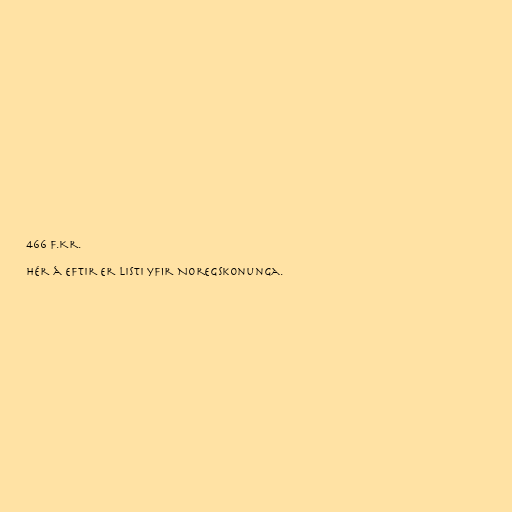
466 f.Kr.

Hér á eftir er listi yfir Noregskonunga.